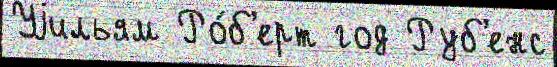
Уjильям Ро́б'ерт год Руб'енс